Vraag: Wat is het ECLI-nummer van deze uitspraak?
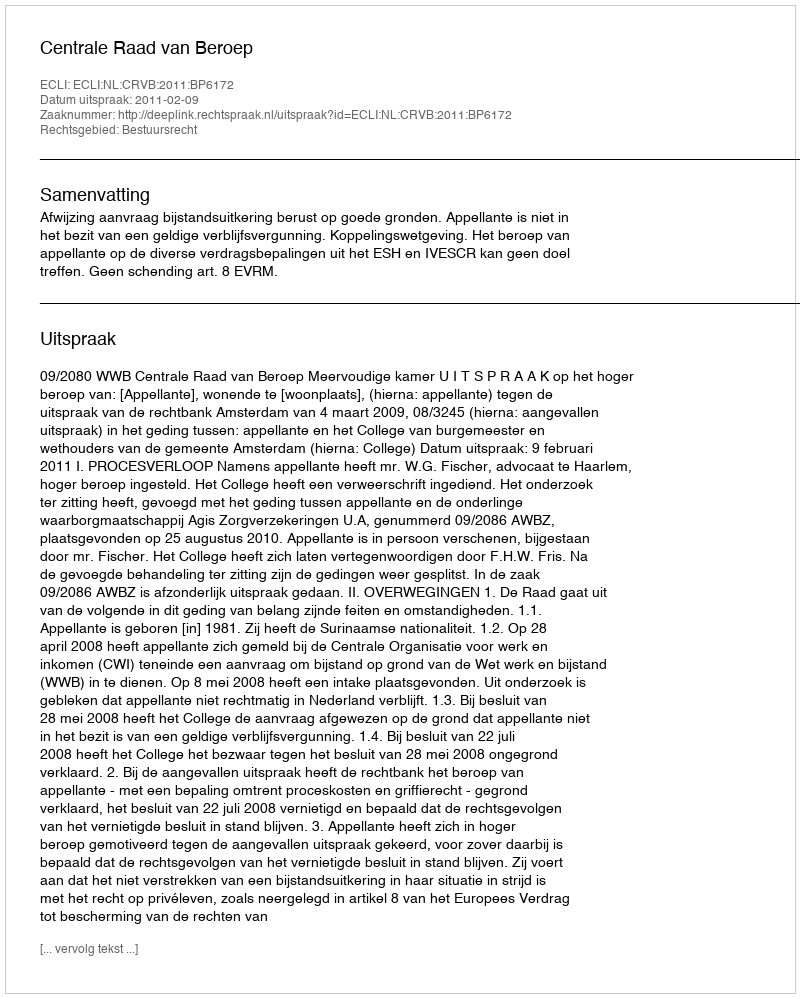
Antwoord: ECLI:NL:CRVB:2011:BP6172